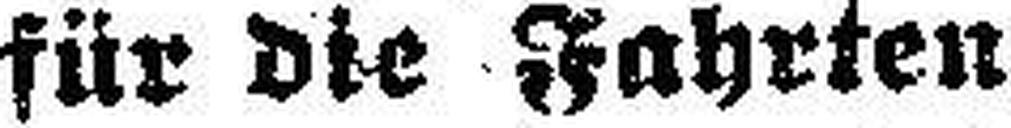
für die Fahrten